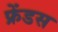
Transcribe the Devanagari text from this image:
फ्रेंडस